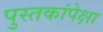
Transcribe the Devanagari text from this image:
पुस्तकांपेक्षा